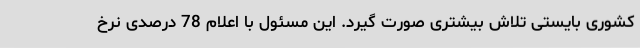
کشوری بایستی تلاش بیشتری صورت گیرد. این مسئول با اعلام 78 درصدی نرخ